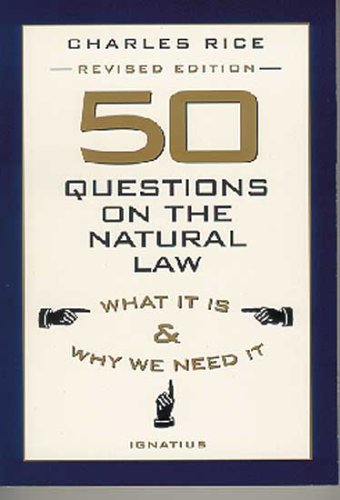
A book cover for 50 Questions on the Natural Law: What It is and Why We Need It; Charles E. Rice; Law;